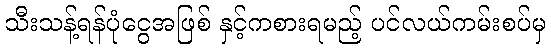
သီးသန့်ရန်ပုံငွေအဖြစ် နှင့်ကစားရမည့် ပင်လယ်ကမ်းစပ်မှ